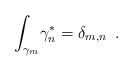
\begin{align*}{\int_{\gamma_{m}}}{\gamma^{\ast}_{n}}={\delta_{m,n}}\,\,\,.\end{align*}